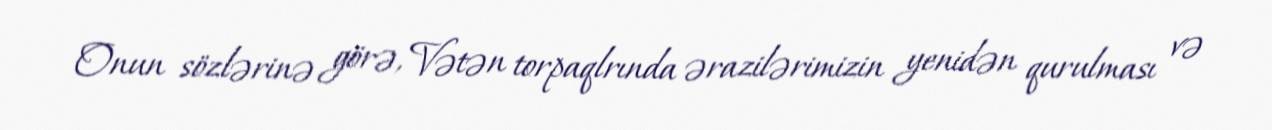
Onun sözlərinə görə, Vətən torpaqlrında ərazilərimizin yenidən qurulması və